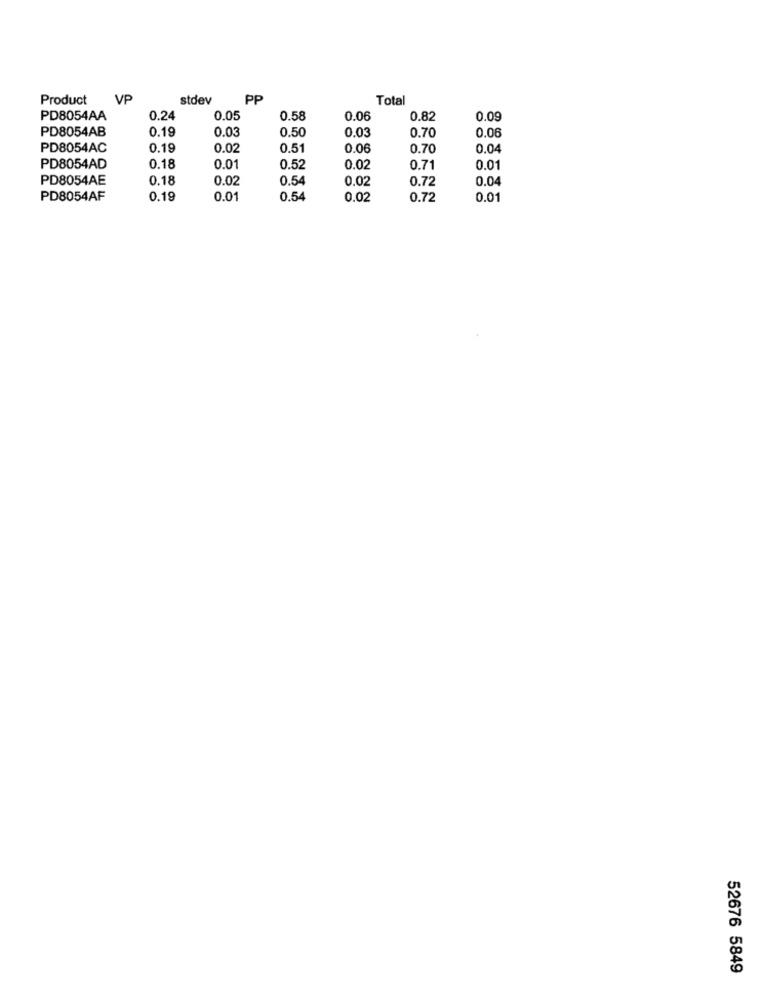
Product
VP
stdev
PP
Total
PD8054AA
0.24
0.05
0.58
0.06
0.82
0.09
PD8054AB
0.19
0.03
0.03
0.06
0.50
0.70
PD8054AC
0.19
0.02
0.51
0.06
0.70
0.04
PD8054AD
0.18
0.01
0.52
0.02
0.71
0.01
PD8054AE
0.18
0.02
0.54
0.02
0.72
0.04
PD8054AF
0.19
0.01
0.54
0.02
0.72
0.01
52676 5849